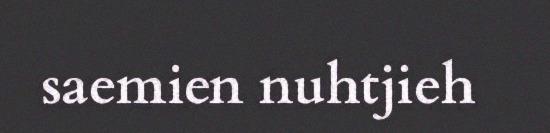
saemien nuhtjieh